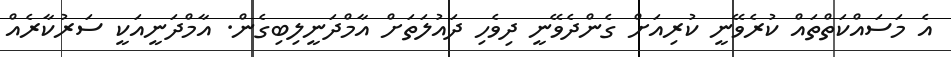
އެ މަސައްކަތްތައް ކުރެވޭނީ ކުރިއަށް ގެންދެވޭނީ ދިވެހި ދައުލަތަށް އާމްދަނީލިބިގެން. އާމްދަނީއަކީ ސަރުކާރެއް